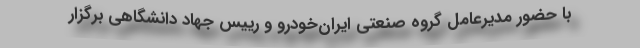
با حضور مدیرعامل گروه صنعتی ایران‌خودرو و رییس جهاد دانشگاهی برگزار